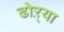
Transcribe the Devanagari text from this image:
ढोऱ्या